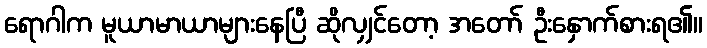
ရောဂါက မူယာမာယာများနေပြီ ဆိုလျှင်တော့ အတော် ဦးနှောက်စားရ၏။